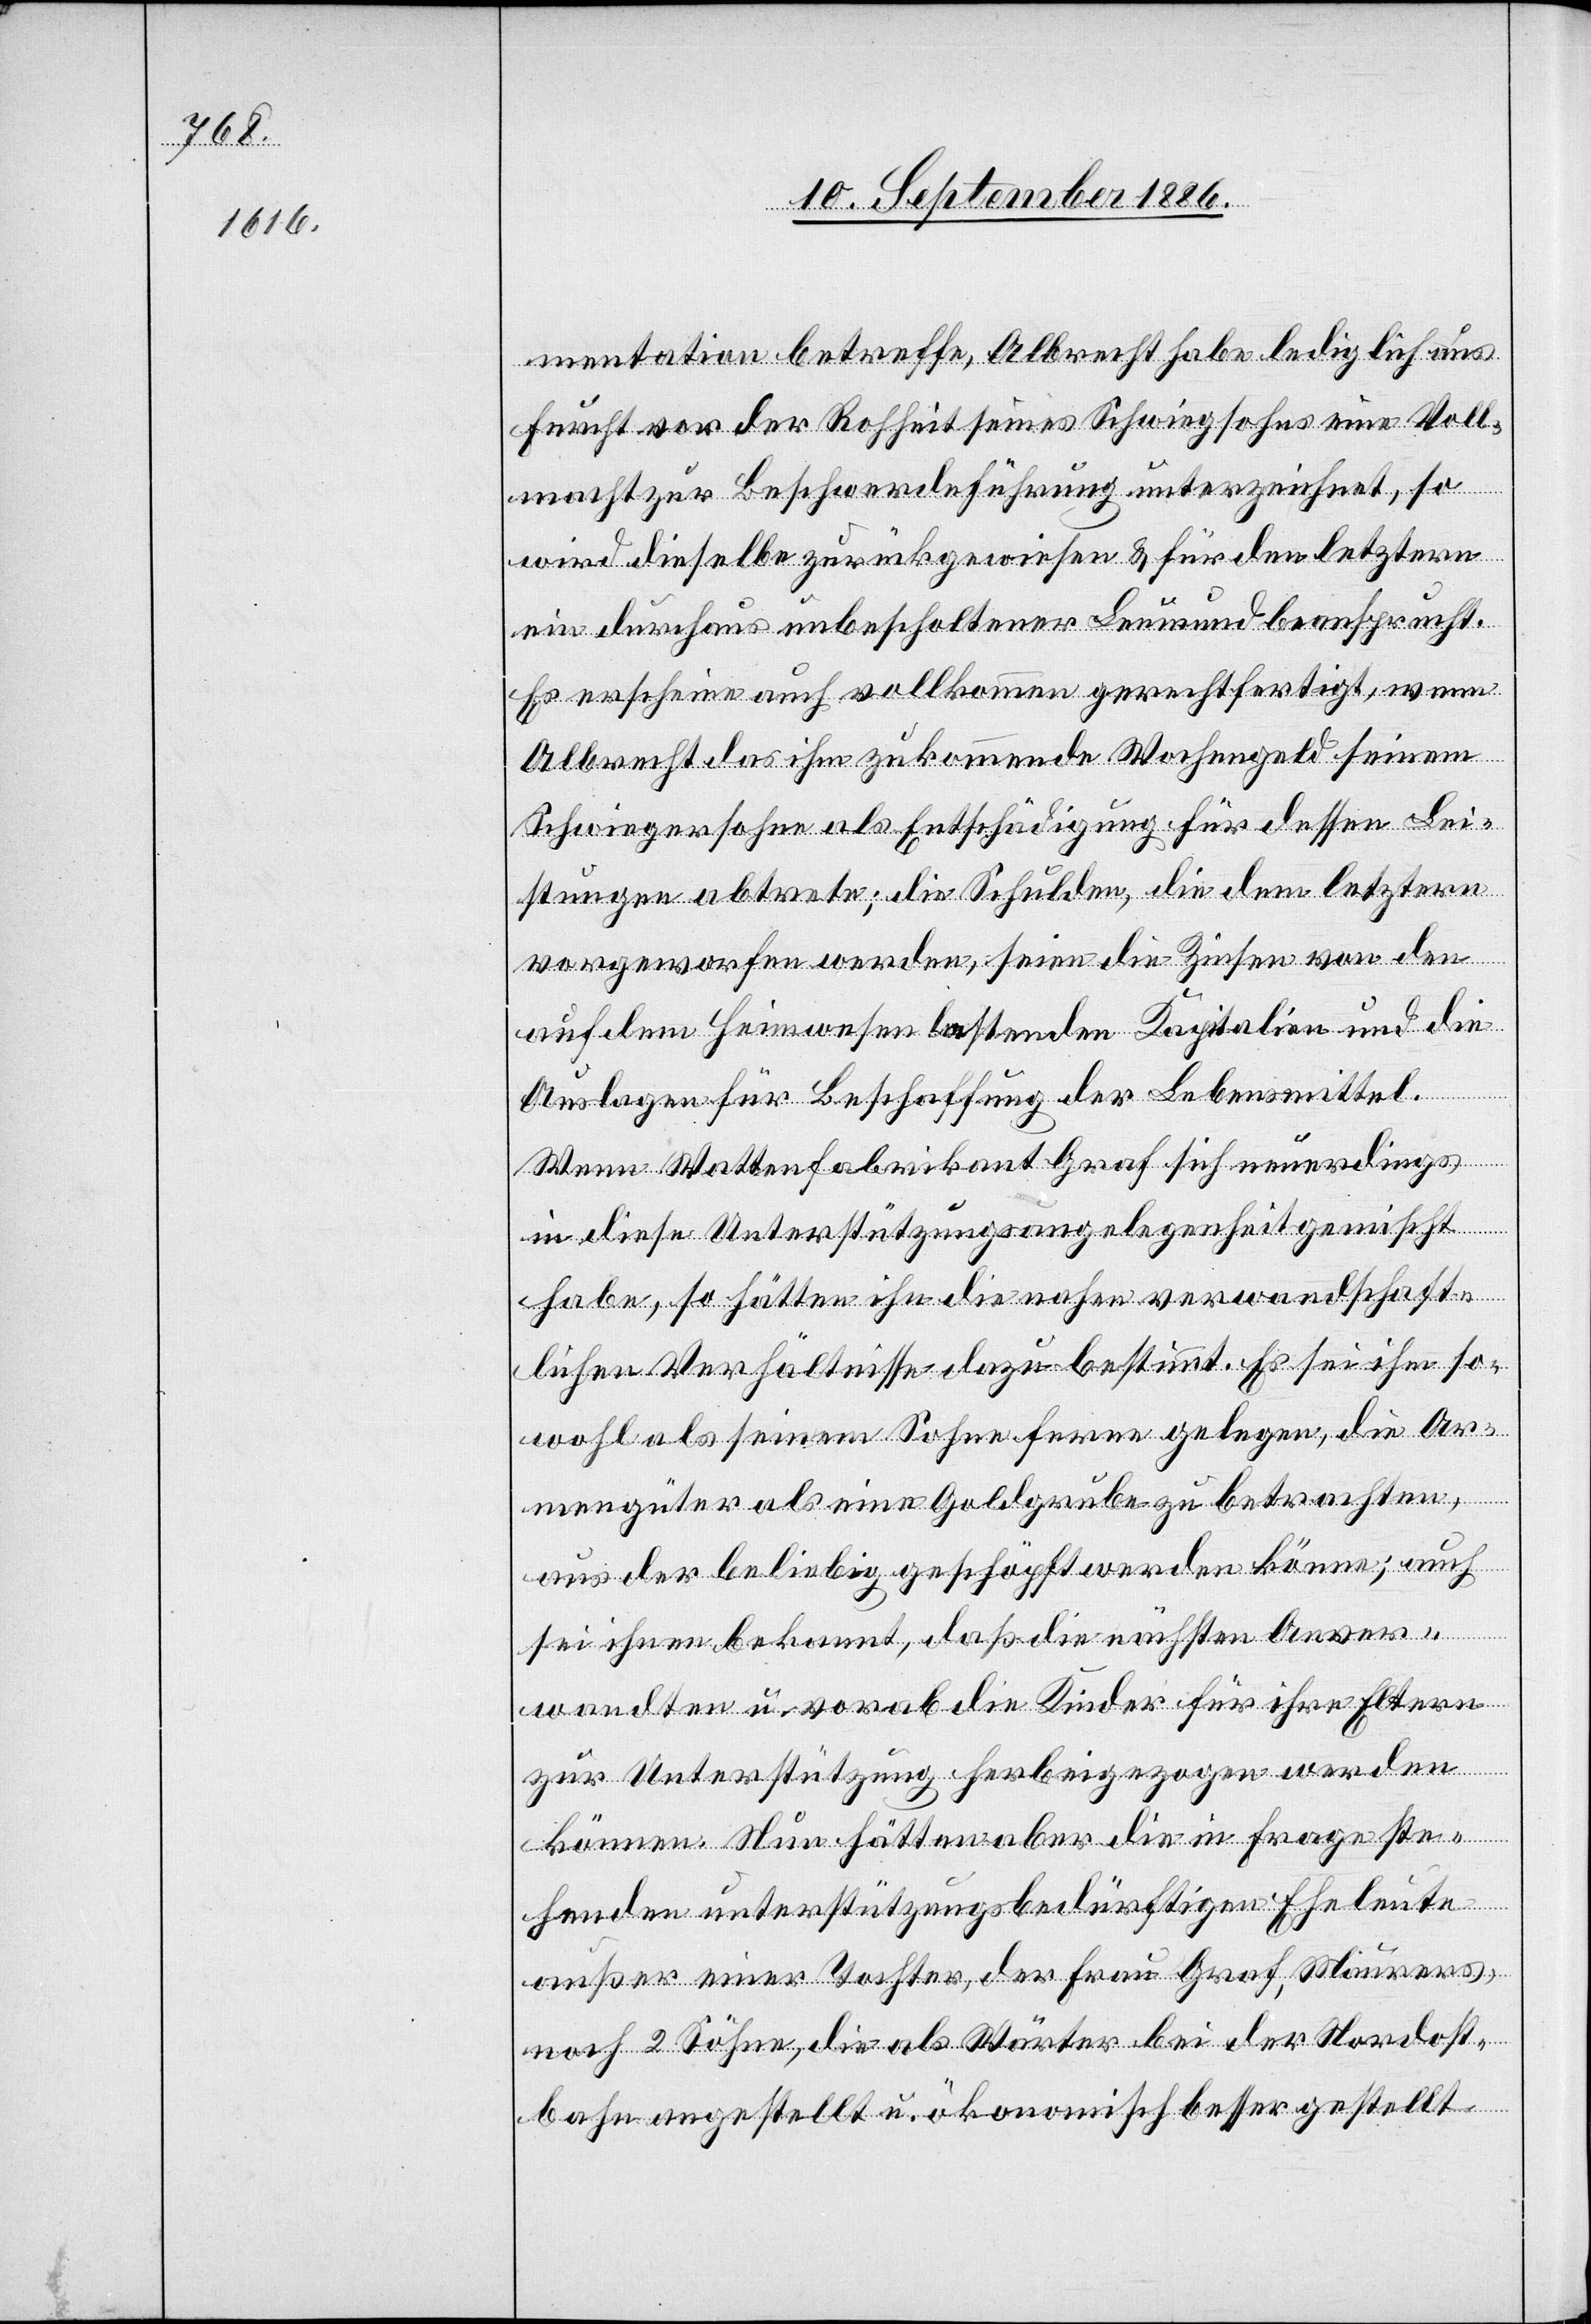
mentation betreffe, Albrecht habe lediglich aus
Furcht vor der Rohheit seines Schwiegsohns [sic!] eine Voll¬
macht zur Beschwerdeführung unterzeichnet, so
wird dieselbe zurückgewiesen & für den letztern
ein durchaus unbescholtener Leumund beansprucht.
Es erscheine auch vollkommen gerechtfertigt, wenn
Albrecht das ihm zukommende Wochengeld seinem
Schwiegersohne als Entschädigung für dessen Lei¬
stungen abtrete; die Schulden, die dem letztern
vorgeworfen werden, seien die Zinsen von den
auf dem Heimwesen lastenden Kapitalien und die
Auslagen für Beschaffung der Lebensmittel.
Wenn Wattenfabrikant Graf sich neuerdings
in diese Unterstützungsangelegenheit gemischt
habe, so hätten ihn die nahen verwandtschaft¬
lichen Verhältnisse dazu bestimmt. Es sei ihm so¬
wohl als seinem Sohne ferne gelegen, die Ar¬
mengüter als eine Goldgrube zu betrachten,
aus der beliebig geschöpft werden könne; auch
sei ihnen bekannt, daß die nächsten Anver¬
wandten u. vorab die Kinder für ihre Eltern
zur Unterstützung herbeigezogen werden
können. Nun hätten aber die in Frage ste¬
henden unterstützungsbedürftigen Eheleuter
außer einer Tochter, der Frau Graf, Maurers,
noch 2 Söhne, die als Wärter bei der Nordost¬
bahn angestellt u. ökonomisch besser gestellt